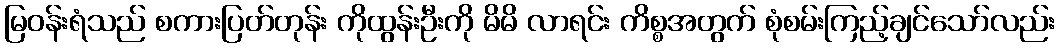
မြဝန်းရံသည် စကားပြတ်တုန်း ကိုထွန်းဦးကို မိမိ လာရင်း ကိစ္စအတွက် စုံစမ်းကြည့်ချင်သော်လည်း